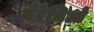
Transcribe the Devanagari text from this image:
बैरेचिओ